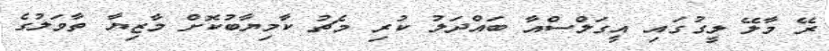
ރޭ މާލޭ ލީގުގައި އީގަލްސްއާ ބައްދަލު ކުރި މެޗު ކާމިޔާބުކޮށް މާޒިޔާ ތާވަލުގެ